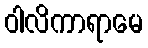
ဝါလိကာရာမေ